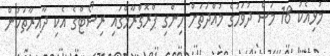
މުޅިއެކު 18 މަސް ދުވަހުގެ މުއްދަތަށް ހިންގި ޕްރޮގްރާމްގައި ރިސޯޓްގެ އެކި ދާއިރާތަކުން